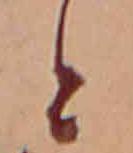
と